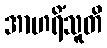
အာဟရိံသူတိ